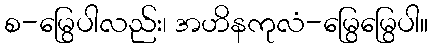
စ-မြွေပါလည်း၊ အဟိနကုလံ-မြွေမြွေပါ။